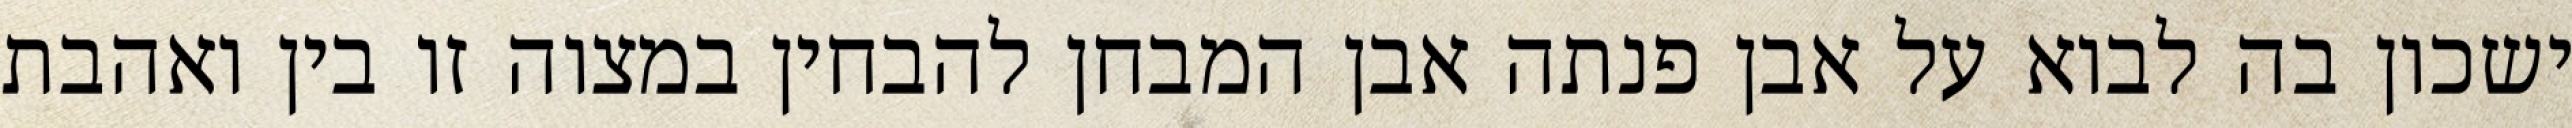
ישכון בה לבוא על אבן פנתה אבן המבחן להבחין במצוה זו בין ואהבת